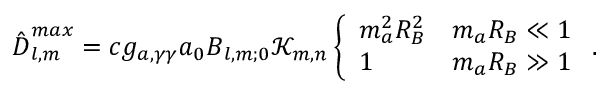
{ \hat { \boldsymbol D } } _ { l , m } ^ { m a x } = c g _ { a , \gamma \gamma } a _ { 0 } \boldsymbol B _ { l , m ; 0 } \mathcal K _ { m , n } \left\{ \begin{array} { l l } { m _ { a } ^ { 2 } R _ { B } ^ { 2 } } & { m _ { a } R _ { B } \ll 1 } \\ { 1 } & { m _ { a } R _ { B } \gg 1 } \end{array} \right. .